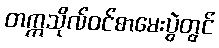
တက္ကသိုလ်ဝင်စာမေးပွဲတွင်